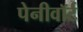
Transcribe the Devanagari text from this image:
पेनीवॉर्ट